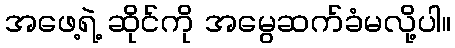
အဖေ့ရဲ့ ဆိုင်ကို အမွေဆက်ခံမလို့ပါ။